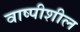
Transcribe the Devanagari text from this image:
वाष्पीशील